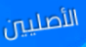
الأصليين